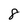
Character: 8